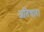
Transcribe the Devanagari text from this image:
अतिचार।